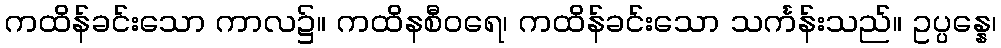
ကထိန်ခင်းသော ကာလ၌။ ကထိနစီဝရေ၊ ကထိန်ခင်းသော သင်္ကန်းသည်။ ဥပ္ပန္နေ၊